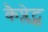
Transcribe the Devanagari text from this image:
कैप्लेट्स